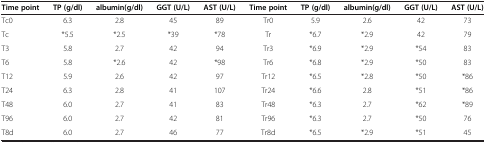
| Time point | TP (g/dl) | albumin (g/dl) | GGT (U/L) | AST (U/L) | Time point | TP (g/dl) | albumin (g/dl) | GGT (U/L) | AST (U/L) |
 | --- | --- | --- | --- | --- | --- | --- | --- | --- | --- |
 | Tc0 | 6.3 | 2.8 | 45 | 89 | Tr0 | 5.9 | 2.6 | 42 | 73 |
 | Tc | *5.5 | *2.5 | *39 | *78 | Tr | *6.7 | *2.9 | 42 | 79 |
 | T3 | 5.8 | 2.7 | 42 | 94 | Tr3 | *6.9 | *2.9 | *54 | 83 |
 | T6 | 5.8 | *2.6 | 42 | *98 | Tr6 | *6.8 | *2.9 | *50 | 83 |
 | T12 | 5.9 | 2.6 | 42 | 97 | Tr12 | *6.5 | *2.8 | *50 | *86 |
 | T24 | 6.3 | 2.8 | 41 | 107 | Tr24 | *6.6 | 2.8 | *51 | *86 |
 | T48 | 6.0 | 2.7 | 41 | 83 | Tr48 | *6.3 | 2.7 | *62 | *89 |
 | T96 | 6.0 | 2.7 | 42 | 81 | Tr96 | *6.3 | 2.7 | *50 | 76 |
 | T8d | 6.0 | 2.7 | 46 | 77 | Tr8d | *6.5 | *2.9 | *51 | 45 |